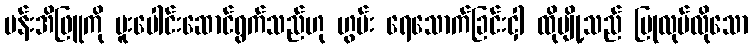
ပန်းအိဖြူကို ပူးပေါင်းဆောင်ရွက်သည်ဟု ဟွမ်း ရေသောက်ခြင်းငှါ ထိုပျို့သည် ပြုလုပ်လိုသော